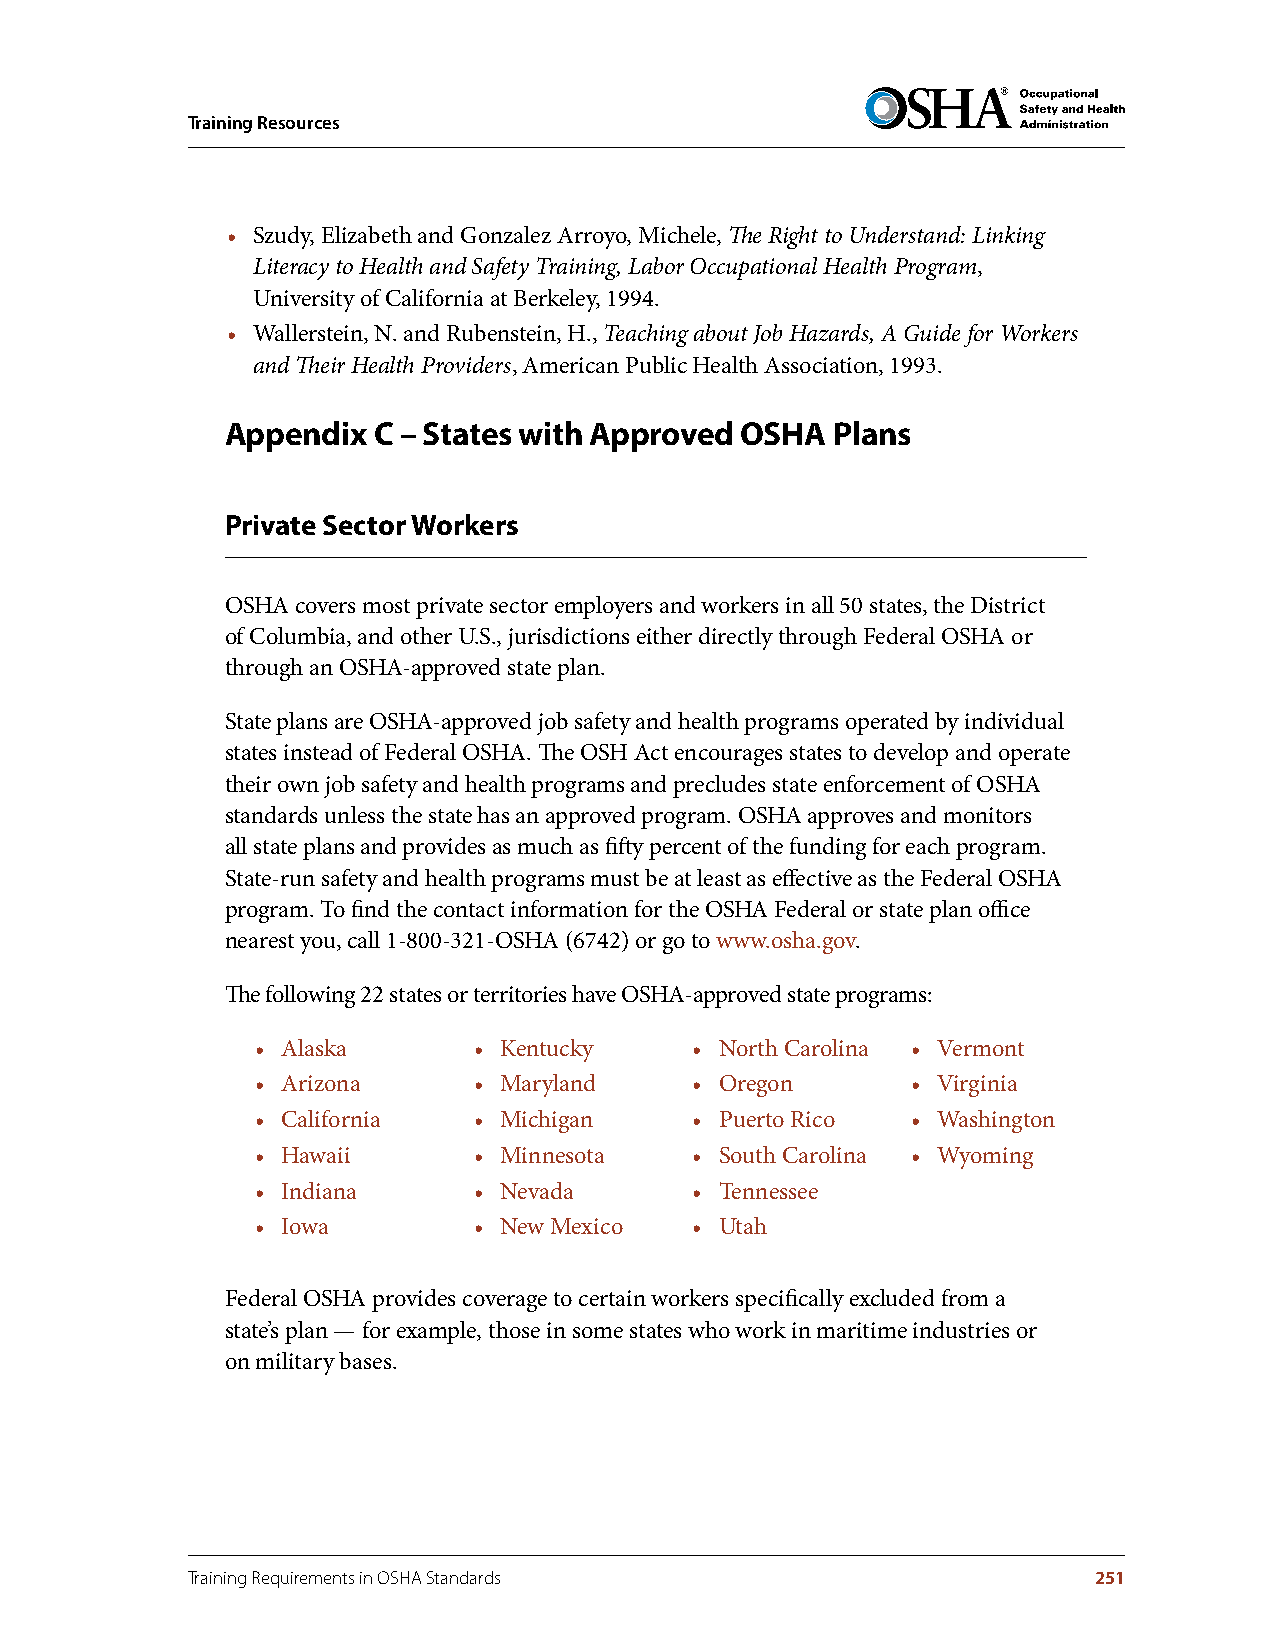
Training Resources
 • Szudy, Elizabeth and Gonzalez Arroyo, Michele, The Right to Understand: Linking
 Literacy to Health and Safety Training, Labor Occupational Health Program,
 University of California at Berkeley, 1994.
 • Wallerstein, N. and Rubenstein, H., Teaching about Job Hazards, A Guide for Workers
 and Their Health Providers, American Public Health Association, 1993.
 Appendix  C – States with Approved OSHA Plans
 Private Sector Workers
 OSHA covers most private sector employers and workers in all 50 states, the District
 of Columbia, and other U.S., jurisdictions either directly through Federal OSHA or
 through an OSHA-approved state plan.
 State plans are OSHA-approved job safety and health programs operated by individual
 states instead of Federal OSHA. The OSH Act encourages states to develop and operate
 their own job safety and health programs and precludes state enforcement of OSHA
 standards unless the state has an approved program. OSHA approves and monitors
 all state plans and provides as much as fifty percent of the funding for each program.
 State-run safety and health programs must be at least as effective as the Federal OSHA
 program. To find the contact information for the OSHA Federal or state plan office
 nearest you, call 1-800-321-OSHA (6742) or go to www.osha.gov.
 The following 22 states or territories have OSHA-approved state programs:
 • Alaska      • Kentucky     • North Carolina • Vermont
 • Arizona     • Maryland     • Oregon      • Virginia
 • California  • Michigan     • Puerto Rico • Washington
 • Hawaii      • Minnesota    • South Carolina • Wyoming
 • Indiana     • Nevada       • Tennessee
 • Iowa        • New Mexico   • Utah
 Federal OSHA provides coverage to certain workers specifically excluded from a
 state’s plan — for example, those in some states who work in maritime industries or
 on military bases.
 Training Requirements in OSHA Standards                     251